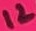
Text: 12